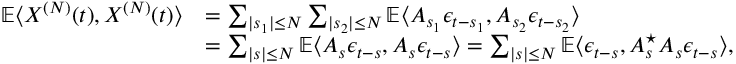
\begin{array} { r l } { \mathbb { E } \langle X ^ { ( N ) } ( t ) , X ^ { ( N ) } ( t ) \rangle } & { = \sum _ { | s _ { 1 } | \le N } \sum _ { | s _ { 2 } | \le N } \mathbb { E } \langle A _ { s _ { 1 } } \epsilon _ { t - s _ { 1 } } , A _ { s _ { 2 } } \epsilon _ { t - s _ { 2 } } \rangle } \\ & { = \sum _ { | s | \le N } \mathbb { E } \langle A _ { s } \epsilon _ { t - s } , A _ { s } \epsilon _ { t - s } \rangle = \sum _ { | s | \le N } \mathbb { E } \langle \epsilon _ { t - s } , A _ { s } ^ { \star } A _ { s } \epsilon _ { t - s } \rangle , } \end{array}